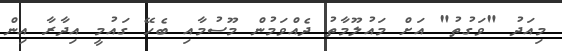
މިއަދު "ވަގުތު" އަށް މައުލޫމާތު ދެއްވަމުން މޫސުމާއި ބެހޭ ގައުމީ އިދާރާ އިން